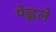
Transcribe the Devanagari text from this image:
पेह्लले